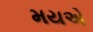
મયએ